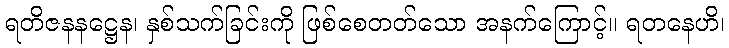
ရတိဇနနဋ္ဌေန၊ နှစ်သက်ခြင်းကို ဖြစ်စေတတ်သော အနက်ကြောင့်။ ရတနေဟိ၊